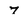
Character: 7